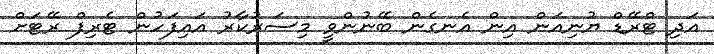
އަދި ޓްރޭޑް ޔުނިއަން އިން އެނގެން ބޭނުންވީ މިސަރުކާރު އައިފަހުން ޓެރިފް ރޭޓަށް